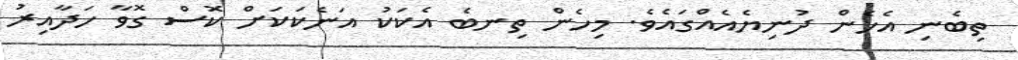
ތިބެނި އެހެން ދުނިޔެއެއްގައެވެ. މިހެން ތިނބެ އެކަކު އަނެކަކަށް ކޮސް ގޮވާ ހަދާއިރު